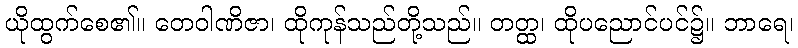
ယိုထွက်စေ၏။ တေဝါဏိဇာ၊ ထိုကုန်သည်တို့သည်။ တတ္ထ၊ ထိုပညောင်ပင်၌။ ဘာရေ၊